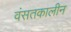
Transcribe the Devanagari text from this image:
वंसतकालीन